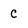
Character: C